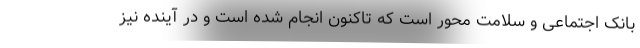
بانک اجتماعی و سلامت محور است که تاکنون انجام شده است و در آینده نیز